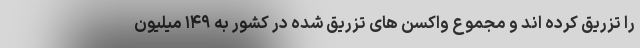
را تزریق کرده اند و مجموع واکسن های تزریق شده در کشور به ۱۴۹ میلیون